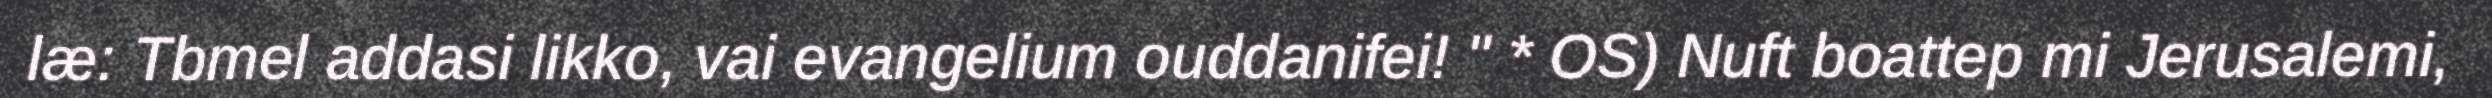
læ: Tbmel addasi likko, vai evangelium ouddanifei! " * OS) Nuft boattep mi Jerusalemi,